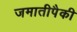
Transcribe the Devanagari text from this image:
जमातीपैकी